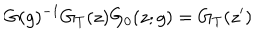
G ( g ) ^ { - 1 } G _ { T } ( z ) G _ { 0 } ( z ; g ) = G _ { T } ( z ^ { \prime } )